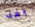
بعد